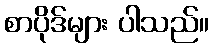
စာပိုဒ်များ ပါသည်။